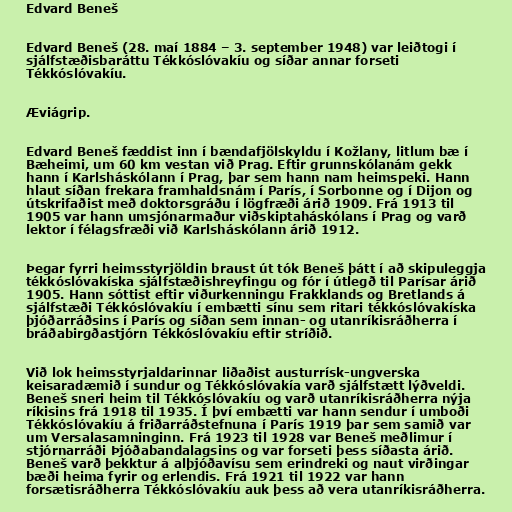
Edvard Beneš

Edvard Beneš (28. maí 1884 – 3. september 1948) var leiðtogi í
sjálfstæðisbaráttu Tékkóslóvakíu og síðar annar forseti
Tékkóslóvakíu.

Æviágrip.

Edvard Beneš fæddist inn í bændafjölskyldu í Kožlany, litlum bæ í
Bæheimi, um 60 km vestan við Prag. Eftir grunnskólanám gekk
hann í Karlsháskólann í Prag, þar sem hann nam heimspeki. Hann
hlaut síðan frekara framhaldsnám í París, í Sorbonne og í Dijon og
útskrifaðist með doktorsgráðu í lögfræði árið 1909. Frá 1913 til
1905 var hann umsjónarmaður viðskiptaháskólans í Prag og varð
lektor í félagsfræði við Karlsháskólann árið 1912.

Þegar fyrri heimsstyrjöldin braust út tók Beneš þátt í að skipuleggja
tékkóslóvakíska sjálfstæðishreyfingu og fór í útlegð til Parísar árið
1905. Hann sóttist eftir viðurkenningu Frakklands og Bretlands á
sjálfstæði Tékkóslóvakíu í embætti sínu sem ritari tékkóslóvakíska
þjóðarráðsins í París og síðan sem innan- og utanríkisráðherra í
bráðabirgðastjórn Tékkóslóvakíu eftir stríðið.

Við lok heimsstyrjaldarinnar liðaðist austurrísk-ungverska
keisaradæmið í sundur og Tékkóslóvakía varð sjálfstætt lýðveldi.
Beneš sneri heim til Tékkóslóvakíu og varð utanríkisráðherra nýja
ríkisins frá 1918 til 1935. Í því embætti var hann sendur í umboði
Tékkóslóvakíu á friðarráðstefnuna í París 1919 þar sem samið var
um Versalasamninginn. Frá 1923 til 1928 var Beneš meðlimur í
stjórnarráði Þjóðabandalagsins og var forseti þess síðasta árið.
Beneš varð þekktur á alþjóðavísu sem erindreki og naut virðingar
bæði heima fyrir og erlendis. Frá 1921 til 1922 var hann
forsætisráðherra Tékkóslóvakíu auk þess að vera utanríkisráðherra.